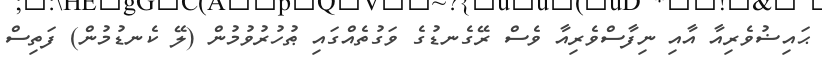
ޙައިޟުވެރިއާ އާއި ނިފާސްވެރިއާ ވެސް ރޭގެނޑުގެ ވަގުތެއްގައި ޠުހުރުވުމުން (ލޭ ކެނޑުމުން) ފަތިސް